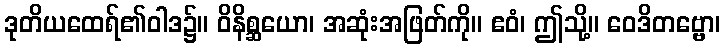
ဒုတိယထေရ်၏ဝါဒ၌။ ဝိနိစ္ဆယော၊ အဆုံးအဖြတ်ကို။ ဧဝံ၊ ဤသို့။ ဝေဒိတဗ္ဗော၊